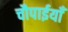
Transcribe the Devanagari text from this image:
चौपाईयाँ